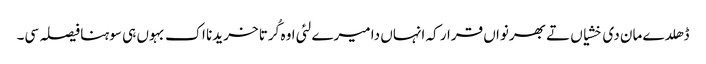
ڈھلدے مان دی خشیاں تے بھرنواں قرار کہ انہاں دا میرے لئی اوہ کُرتا خریدنا اک بہوں ہی سوہنا فیصلہ سی۔